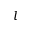
l